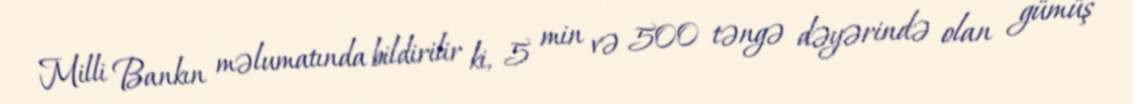
Milli Bankın məlumatında bildirilir ki, 5 min və 500 təngə dəyərində olan gümüş